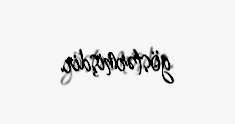
göstərmişdir.